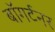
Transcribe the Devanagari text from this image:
बॉगर्टनर